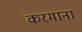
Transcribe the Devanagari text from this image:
करमाना